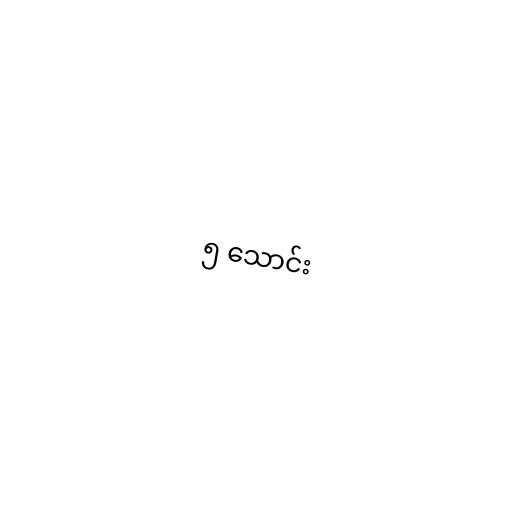
၅ သောင်း